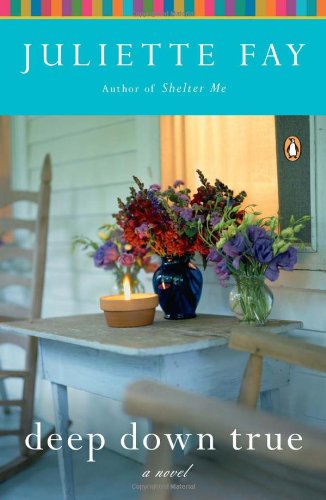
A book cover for Deep Down True: A Novel; Juliette Fay; Literature & Fiction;